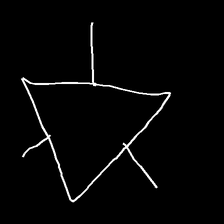
Glyph: fire